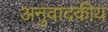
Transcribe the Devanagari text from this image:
अनुवादकीय